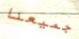
جميعنا